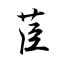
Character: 苣